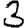
Digit: 3